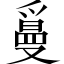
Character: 𤔫